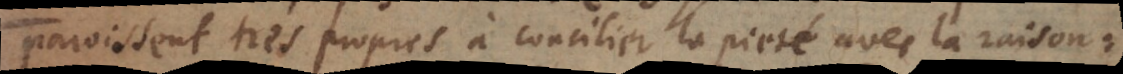
paroissent tres propres à concilier la pieté avec la raison: